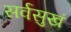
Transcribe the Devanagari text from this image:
सर्वसुखं